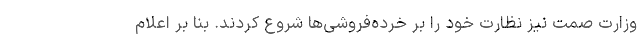
وزارت صمت نیز نظارت خود را بر خرده‌فروشی‌ها شروع کردند. بنا بر اعلام